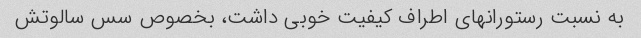
به نسبت رستورانهای اطراف کیفیت خوبی داشت، بخصوص سس سالوتش